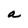
Character: a